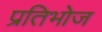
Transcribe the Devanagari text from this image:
प्रतिभोज